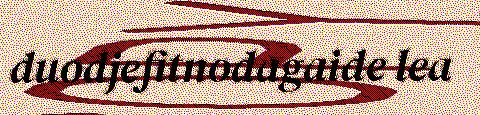
duodjefitnodagaide lea